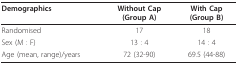
<table><thead><tr><td><b>Demographics</b></td><td><b>Without Cap(Group A)</b></td><td><b>With Cap(Group B)</b></td></tr></thead><tbody><tr><td>Randomised</td><td>17</td><td>18</td></tr><tr><td>Sex (M : F)</td><td>13 : 4</td><td>14 : 4</td></tr><tr><td>Age (mean, range)/years</td><td>72 (32-90)</td><td>69.5 (44-88)</td></tr></tbody></table>